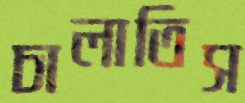
চালাতিস